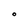
Character: O